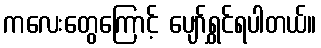
ကလေးတွေကြောင့် ပျော်ရွှင်ရပါတယ်။